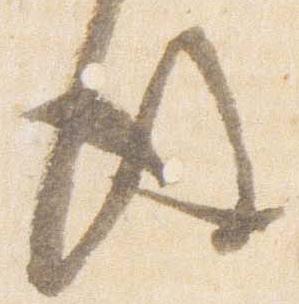
後